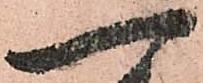
一